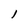
Character: l